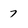
Character: 7